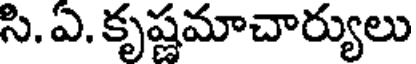
సి. ఏ. కృష్ణమాచార్యులు